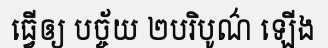
ធ្វើឲ្យ បច្ច័យ ២បរិបូណ៌ ឡើង